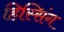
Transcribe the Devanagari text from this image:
हिस्सिंग